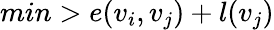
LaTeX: min>e(v_{i},v_{j})+l(v_{j})